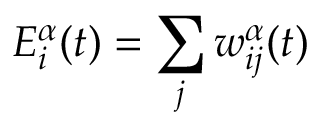
E _ { i } ^ { \alpha } ( t ) = \sum _ { j } w _ { i j } ^ { \alpha } ( t )